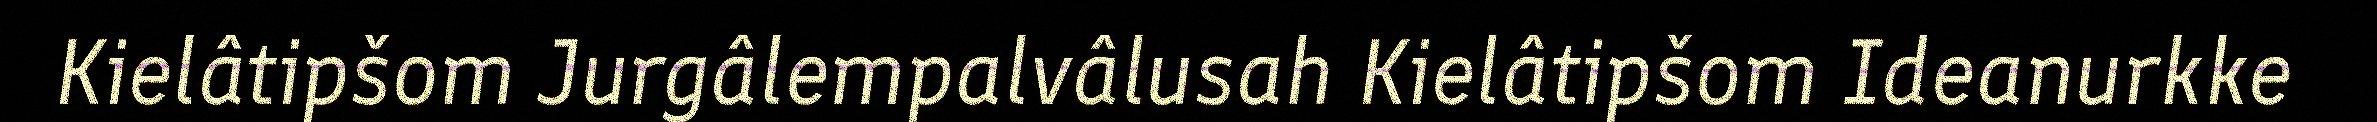
Kielâtipšom Jurgâlempalvâlusah Kielâtipšom Ideanurkke